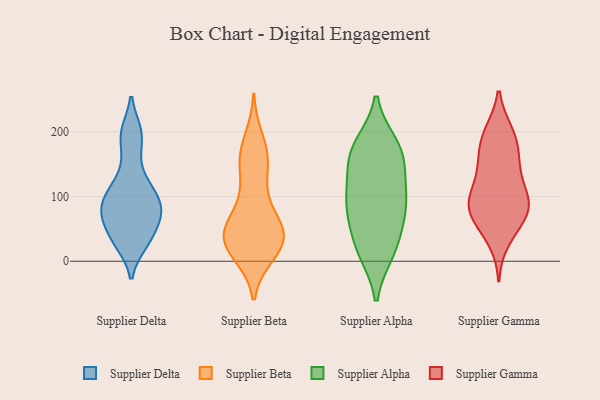
{"axis": {"x": "Revenue (USD Million)", "y": "Value"}, "legend": ["Supplier Alpha", "Supplier Beta", "Supplier Delta", "Supplier Gamma"], "data": [{"x": "", "y": 116, "type": "Supplier Delta"}, {"x": "", "y": 73, "type": "Supplier Delta"}, {"x": "", "y": 63, "type": "Supplier Delta"}, {"x": "", "y": 28, "type": "Supplier Delta"}, {"x": "", "y": 36, "type": "Supplier Delta"}, {"x": "", "y": 124, "type": "Supplier Delta"}, {"x": "", "y": 167, "type": "Supplier Delta"}, {"x": "", "y": 200, "type": "Supplier Delta"}, {"x": "", "y": 91, "type": "Supplier Delta"}, {"x": "", "y": 27, "type": "Supplier Delta"}, {"x": "", "y": 64, "type": "Supplier Delta"}, {"x": "", "y": 72, "type": "Supplier Delta"}, {"x": "", "y": 94, "type": "Supplier Delta"}, {"x": "", "y": 98, "type": "Supplier Delta"}, {"x": "", "y": 200, "type": "Supplier Delta"}, {"x": "", "y": 22, "type": "Supplier Beta"}, {"x": "", "y": 40, "type": "Supplier Beta"}, {"x": "", "y": 48, "type": "Supplier Beta"}, {"x": "", "y": 188, "type": "Supplier Beta"}, {"x": "", "y": 12, "type": "Supplier Beta"}, {"x": "", "y": 51, "type": "Supplier Beta"}, {"x": "", "y": 46, "type": "Supplier Beta"}, {"x": "", "y": 46, "type": "Supplier Beta"}, {"x": "", "y": 140, "type": "Supplier Beta"}, {"x": "", "y": 16, "type": "Supplier Beta"}, {"x": "", "y": 28, "type": "Supplier Beta"}, {"x": "", "y": 29, "type": "Supplier Beta"}, {"x": "", "y": 160, "type": "Supplier Beta"}, {"x": "", "y": 165, "type": "Supplier Beta"}, {"x": "", "y": 104, "type": "Supplier Beta"}, {"x": "", "y": 45, "type": "Supplier Beta"}, {"x": "", "y": 160, "type": "Supplier Beta"}, {"x": "", "y": 88, "type": "Supplier Beta"}, {"x": "", "y": 25, "type": "Supplier Alpha"}, {"x": "", "y": 172, "type": "Supplier Alpha"}, {"x": "", "y": 144, "type": "Supplier Alpha"}, {"x": "", "y": 57, "type": "Supplier Alpha"}, {"x": "", "y": 84, "type": "Supplier Alpha"}, {"x": "", "y": 81, "type": "Supplier Alpha"}, {"x": "", "y": 88, "type": "Supplier Alpha"}, {"x": "", "y": 15, "type": "Supplier Alpha"}, {"x": "", "y": 14, "type": "Supplier Alpha"}, {"x": "", "y": 180, "type": "Supplier Alpha"}, {"x": "", "y": 122, "type": "Supplier Alpha"}, {"x": "", "y": 176, "type": "Supplier Alpha"}, {"x": "", "y": 159, "type": "Supplier Alpha"}, {"x": "", "y": 99, "type": "Supplier Alpha"}, {"x": "", "y": 106, "type": "Supplier Gamma"}, {"x": "", "y": 91, "type": "Supplier Gamma"}, {"x": "", "y": 84, "type": "Supplier Gamma"}, {"x": "", "y": 138, "type": "Supplier Gamma"}, {"x": "", "y": 199, "type": "Supplier Gamma"}, {"x": "", "y": 158, "type": "Supplier Gamma"}, {"x": "", "y": 199, "type": "Supplier Gamma"}, {"x": "", "y": 66, "type": "Supplier Gamma"}, {"x": "", "y": 104, "type": "Supplier Gamma"}, {"x": "", "y": 53, "type": "Supplier Gamma"}, {"x": "", "y": 168, "type": "Supplier Gamma"}, {"x": "", "y": 190, "type": "Supplier Gamma"}, {"x": "", "y": 79, "type": "Supplier Gamma"}, {"x": "", "y": 77, "type": "Supplier Gamma"}, {"x": "", "y": 144, "type": "Supplier Gamma"}, {"x": "", "y": 32, "type": "Supplier Gamma"}, {"x": "", "y": 91, "type": "Supplier Gamma"}]}